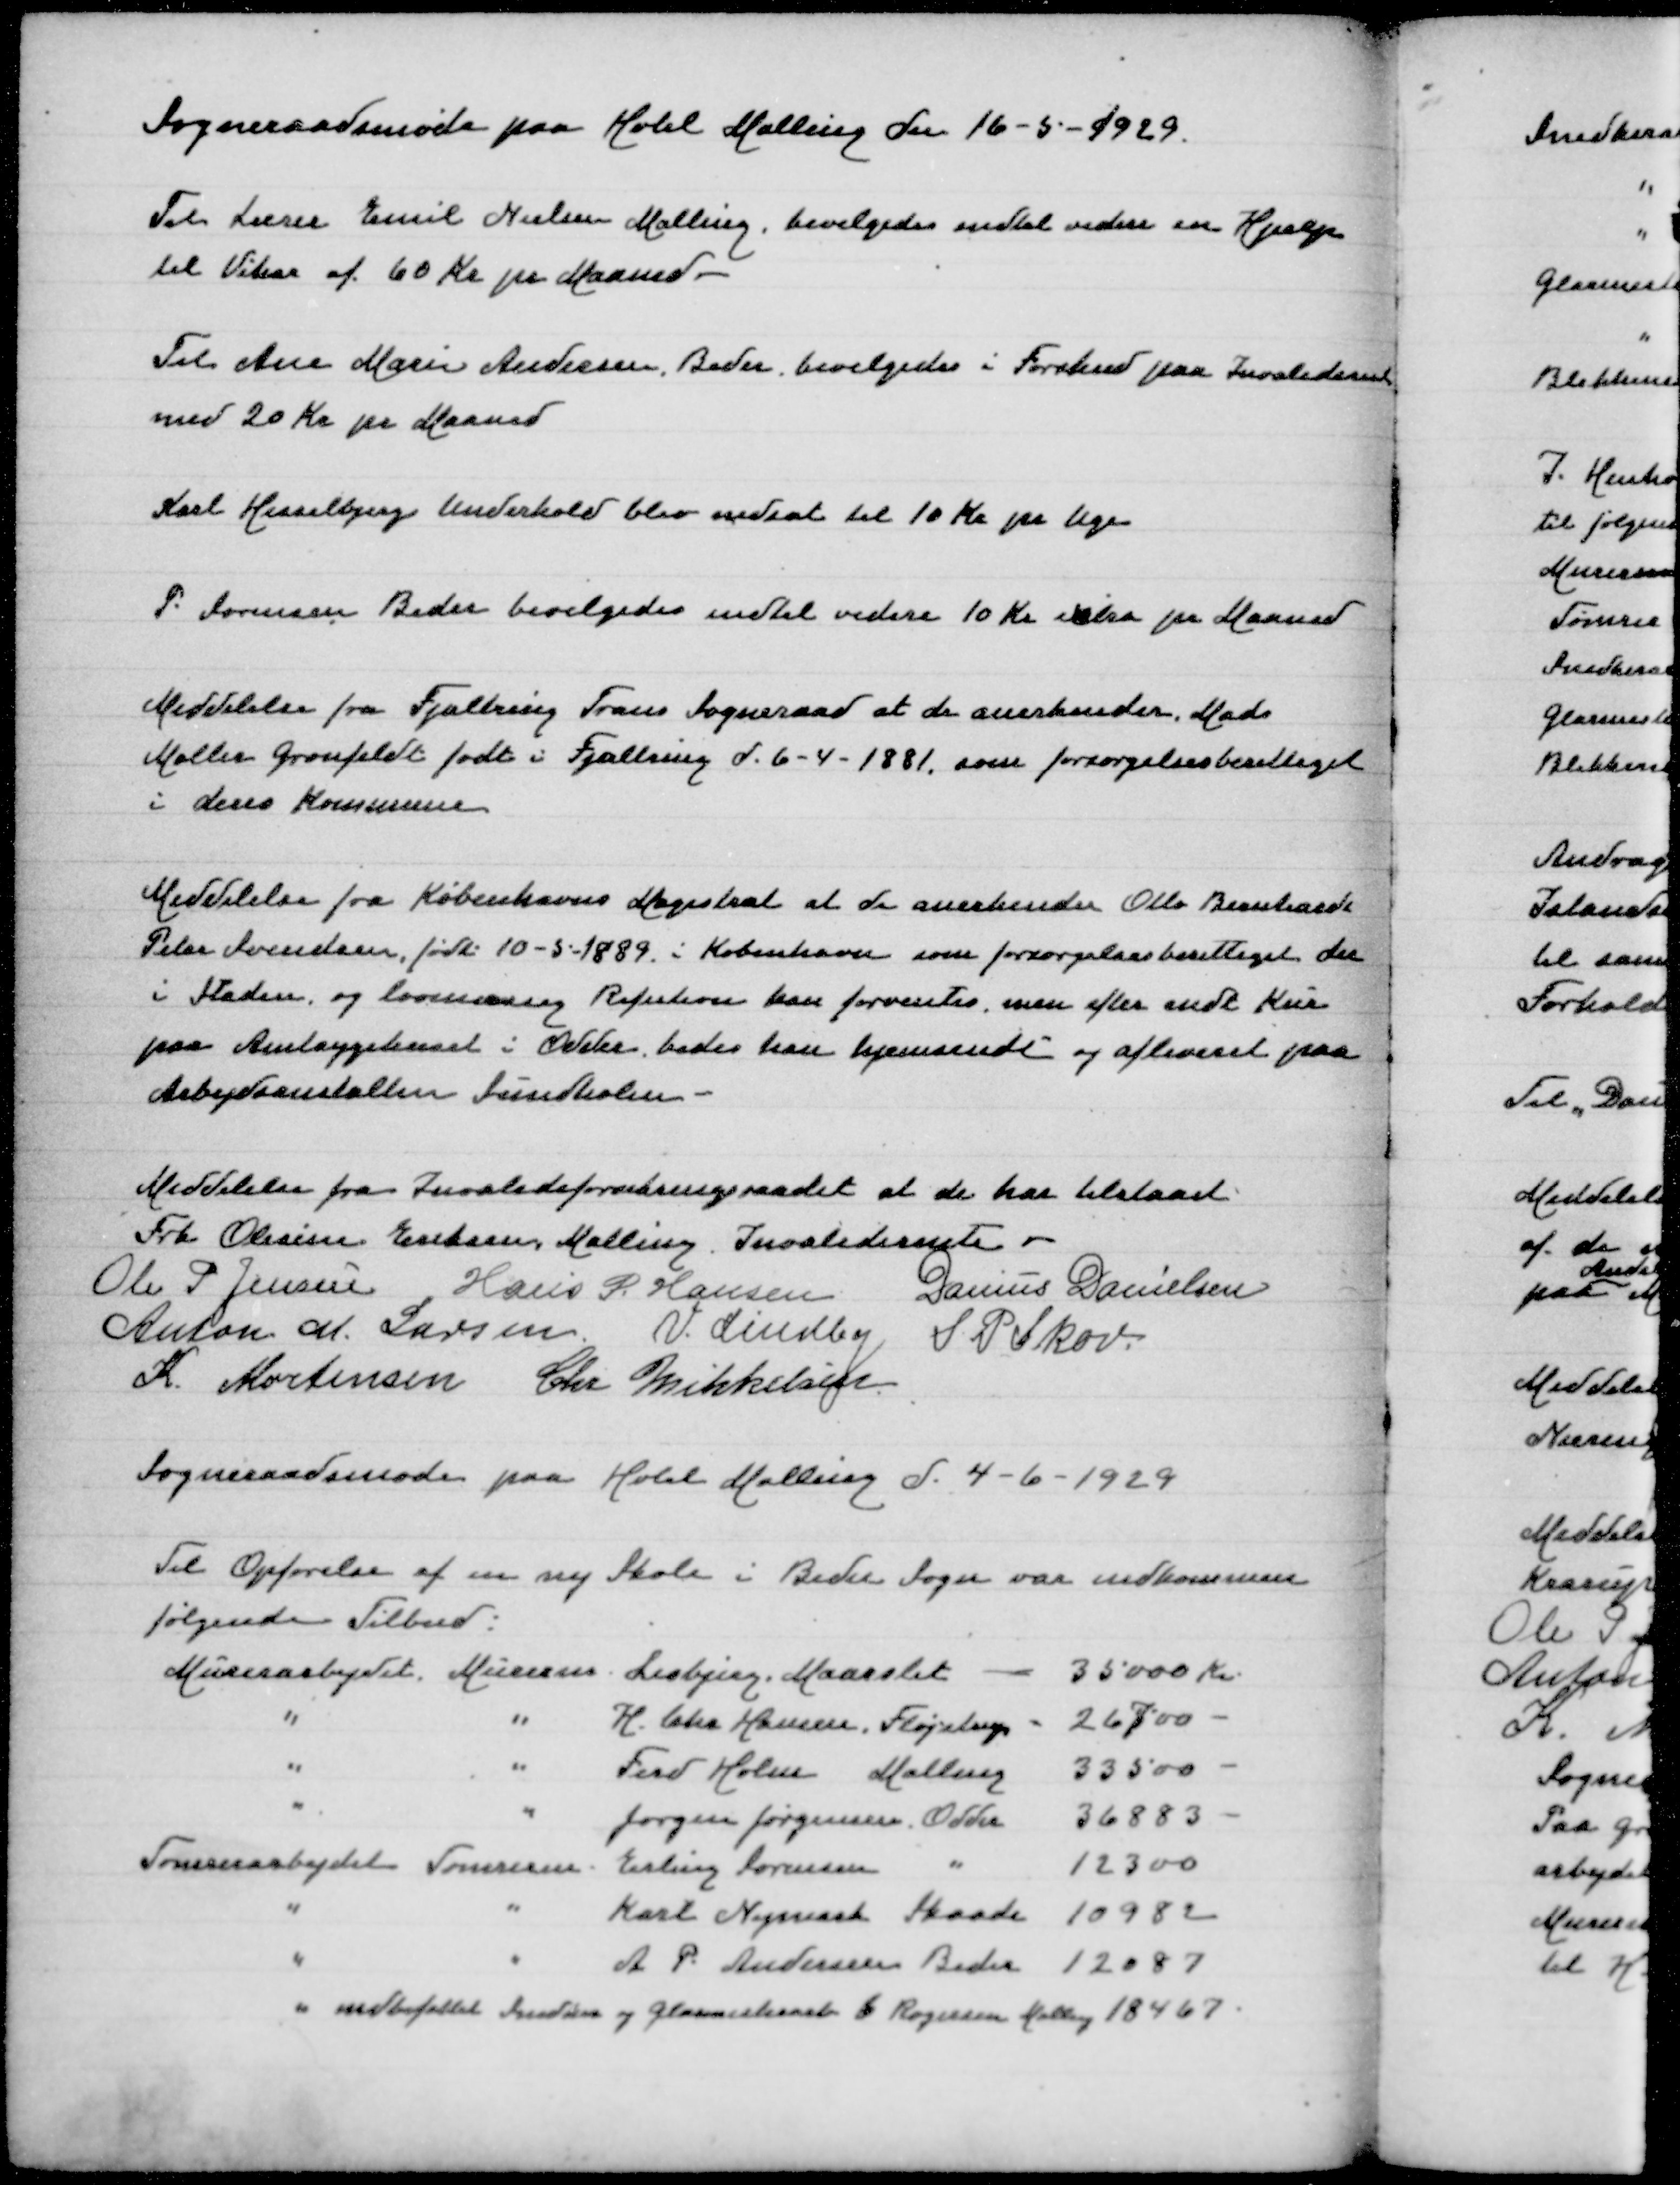
Transskription:
Sogneraadsmøde paa Hotel Malling den 16-5-1929

Til Lærer Emil Nielsen Malling, bevilgedes indtil videre en Hjælp
til Vikar af 60 Kr pr Maaned

Til Ane Marie Andersen, Beder, bevilgedes i Forskud paa Invaliderente
med 20 Kr pr Maaned

Karl Hesselbjergs Underhold blev nedsat til 10 Kr pr Uge

P Sørensen Beder bevilgedes indtil videre 10 Kr extra pr Maaned

Meddelelse fra Fjaltring Tans Sogneraad at de anerkender Mads
Møller Grønfeldt født i Fjaltring d 6-4-1881, som forsørgelsesberettiget
i deres Kommune

Meddelelse fra Københavns Magistrat at de anerkender Otto Bernhard
Peter Svendsen født 10-5-1889 i København som forsørgelsesberettiget der
i Staden og lovmæssig Refution kan forventes, men efter endt Kur
paa Amtssygehuset i Odder bedes han hjemsendt og afleveret paa
Arbejdsanstalten Sundholm

Meddelelse fra Invalideforsikringsraadet at de har tlstaaet
Frk Olesine Eriksen Malling Invaliderente
Ole P Jensen
Hans P Hansen
Danius Danielsen
Anton M Larsen
V Lindby
S P Skov
K Mortensen
Chr Mikkelsen

Sogneraadsmøde paa Hotel Malling d 4-6-1929

Til Opførelse af en ny Skole i Beder Sogn var indkommen
følgende Tilbud
Murerarbejdet, Murerm Lisbjerg, Maarslet 35000 Kr
" " H Chr Hansen, Fløjstrup 26700
" " Ferd Holm, Malling 33500
" " Jørgen Jørgensen, Odder 36883
Tømrerarbejdet Tømrerm Erling Sørensen " 12300
" " Karl Nymark Skaade 10982
" " A P Andersen Beder 12087
" indbefattet Snedker og Glarmesterarb C Rogersen Malling 18467